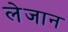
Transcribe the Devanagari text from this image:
लेजान